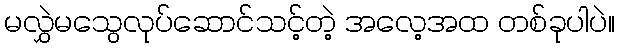
မလွှဲမသွေလုပ်ဆောင်သင့်တဲ့ အလေ့အထ တစ်ခုပါပဲ။